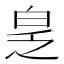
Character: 𬐆